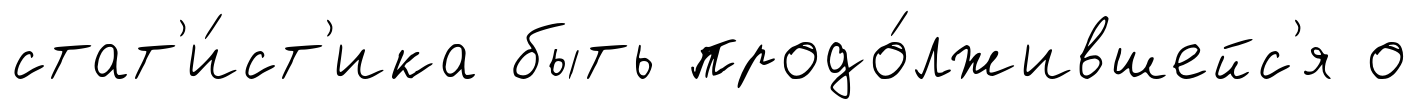
стат'и́ст'ика быть продо́лжившейс'я о